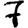
Digit: 7